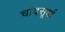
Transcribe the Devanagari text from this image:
चांदसूर्या